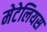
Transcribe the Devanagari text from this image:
मेटेलियस